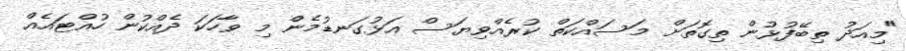
"މިއަދު ތިބޭފުޅުން ތިގޮތަށް މަސައްކަތް ކުރެއްވިޔަސް އަޅުގަނޑުމެން މި ވާހަކަ ދެއްކުން ހުއްޓައެއް